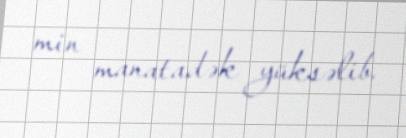
min manatadək yüksəlib.